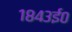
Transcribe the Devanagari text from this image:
१८४३ई०